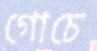
গোচে